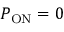
P _ { \mathrm { O N } } = 0